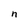
Character: n